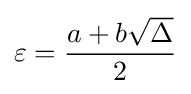
\varepsilon ={\frac {a+b{\sqrt {\Delta }}}{2}}